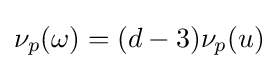
\nu _{p}(\omega )=(d-3)\nu _{p}(u)